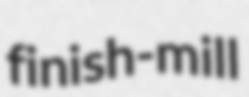
finish-mill